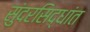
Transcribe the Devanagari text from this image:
सुंदरसिद्धांत